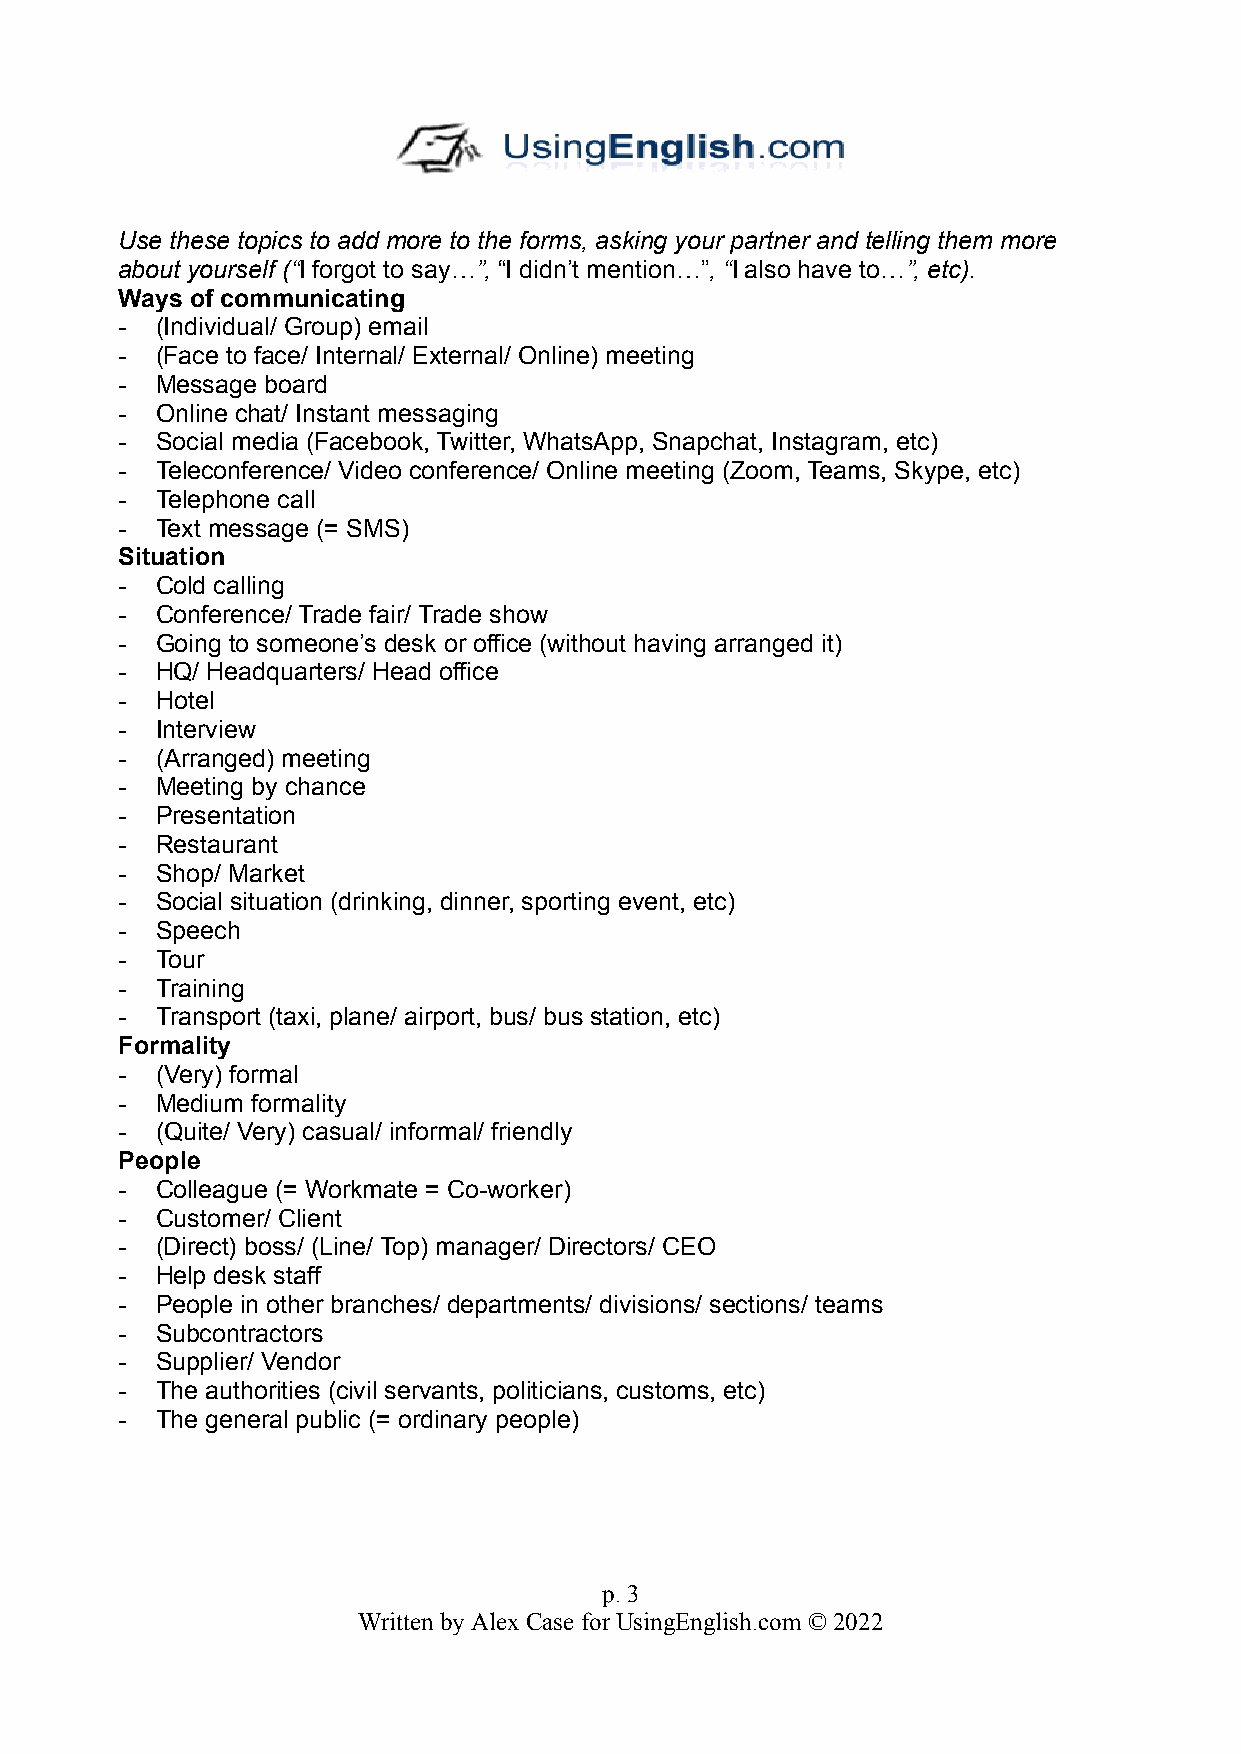
Use these topics to add more to the forms, asking your partner and telling them more
 about yourself (“I forgot to say…”, “I didn’t mention…”, “I also have to…”, etc).
 Ways of communicating
 - (Individual/ Group) email
 - (Face to face/ Internal/ External/ Online) meeting
 - Message board
 - Online chat/ Instant messaging
 - Social media (Facebook, Twitter, WhatsApp, Snapchat, Instagram, etc)
 - Teleconference/ Video conference/ Online meeting (Zoom, Teams, Skype, etc)
 - Telephone call
 - Text message (= SMS)
 Situation
 - Cold calling
 - Conference/ Trade fair/ Trade show
 - Going to someone’s desk or office (without having arranged it)
 - HQ/ Headquarters/ Head office
 - Hotel
 - Interview
 - (Arranged) meeting
 - Meeting by chance
 - Presentation
 - Restaurant
 - Shop/ Market
 - Social situation (drinking, dinner, sporting event, etc)
 - Speech
 - Tour
 - Training
 - Transport (taxi, plane/ airport, bus/ bus station, etc)
 Formality
 - (Very) formal
 - Medium formality
 - (Quite/ Very) casual/ informal/ friendly
 People
 - Colleague (= Workmate = Co-worker)
 - Customer/ Client
 - (Direct) boss/ (Line/ Top) manager/ Directors/ CEO
 - Help desk staff
 - People in other branches/ departments/ divisions/ sections/ teams
 - Subcontractors
 - Supplier/ Vendor
 - The authorities (civil servants, politicians, customs, etc)
 - The general public (= ordinary people)
 p. 3
 Written by Alex Case for UsingEnglish.com © 2022